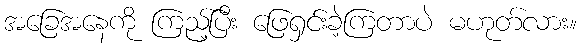
အခြေအနေကို ကြည့်ပြီး ဖြေရှင်းခဲ့ကြတာပဲ မဟုတ်လား။